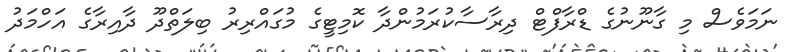
ނަމަވެސް މި ގާނޫނުގެ ޑްރާފްޓް ދިރާސާކުރަމުންދާ ކޮމިޓީގެ މުގައްރިރު ބިލަތްދޫ ދާއިރާގެ އަހްމަދު